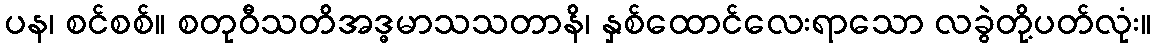
ပန၊ စင်စစ်။ စတုဝီသတိအဒ္ဓမာသသတာနိ၊ နှစ်ထောင်လေးရာသော လခွဲတို့ပတ်လုံး။